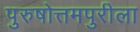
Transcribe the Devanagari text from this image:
पुरुषोत्तमपुरीला